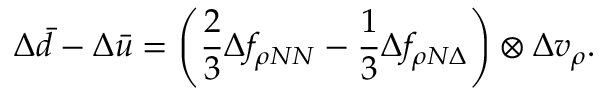
\Delta \bar { d } - \Delta \bar { u } = \left( \frac { 2 } { 3 } \Delta f _ { \rho N N } - \frac { 1 } { 3 } \Delta f _ { \rho N \Delta } \right) \otimes \Delta v _ { \rho } .